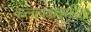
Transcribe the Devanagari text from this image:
कलावंताकरिता